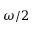
\omega / 2